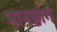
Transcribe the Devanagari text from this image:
नानछांग